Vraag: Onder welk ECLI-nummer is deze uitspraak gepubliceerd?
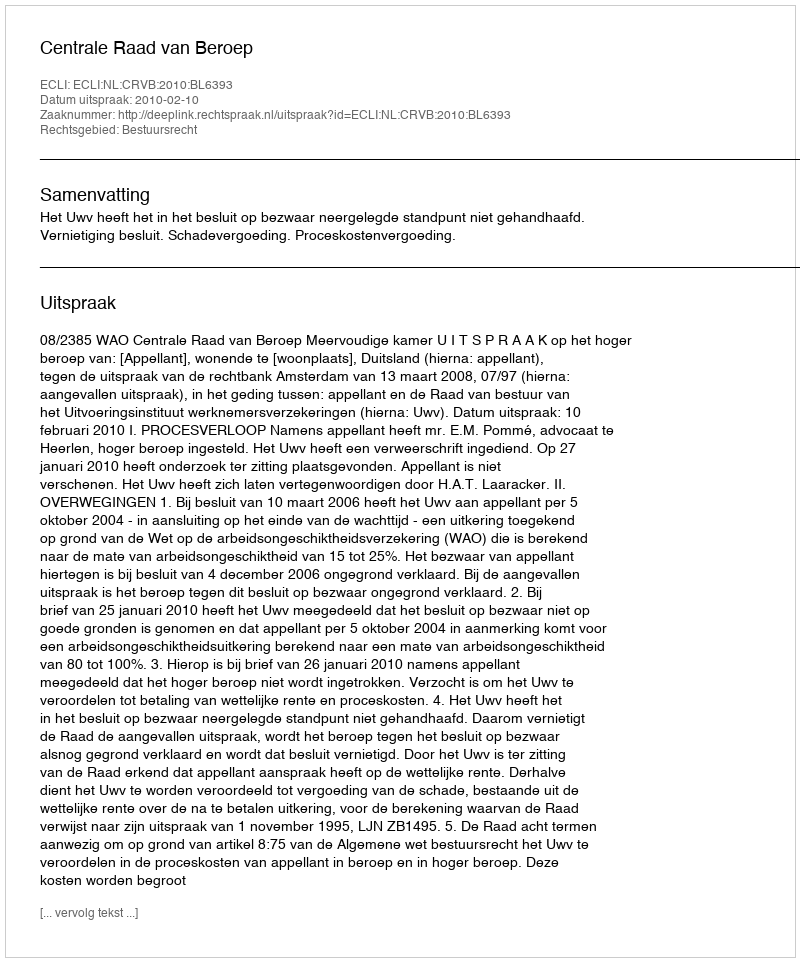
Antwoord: ECLI:NL:CRVB:2010:BL6393